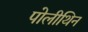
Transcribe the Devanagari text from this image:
पोलीथिन